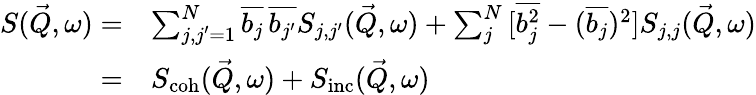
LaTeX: \begin{array}{rl}{S(\vec{Q},\omega)=}&{\sum_{\substack{j,j^{\prime}=1}}^{N}{\overline{{b_{j}}}\, \overline{{b_{j^{\prime}}}}}S_{j,j^{\prime}}(\vec{Q},\omega)+\sum_{j}^{N}{[\overline{{b_{j}^{2}}}-(\overline{{b_{j}}})^{2}]}S_{j,j}(\vec{Q},\omega)}\\ {=}&{S_{\mathrm{coh}}(\vec{Q},\omega)+S_{\mathrm{inc}}(\vec{Q},\omega)}\end{array}